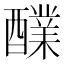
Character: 𮡅